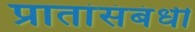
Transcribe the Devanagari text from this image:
प्रातांसंबंधी